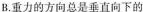
B.重力的方向总是垂直向下的